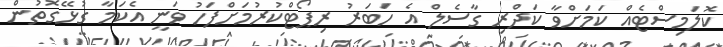
ކޮލަމިސްޓެއް ކަމަށްވާ ކަދްރި ގާސެލް އެ ހަބަރު ރިޕޯޓްކުރުމަށްފަހު ވަނީ އެކަމާ ގުޅޭގޮތުން